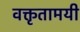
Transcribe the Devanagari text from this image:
वक्तृतामयी